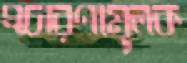
প্রচারণামূলক